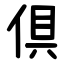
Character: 倶